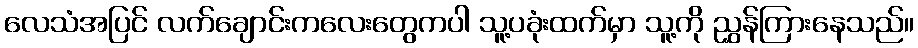
လေသံအပြင် လက်ချောင်းကလေးတွေကပါ သူ့ပခုံးထက်မှာ သူ့ကို ညွှန်ကြားနေသည်။